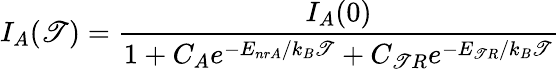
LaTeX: I_{A}(\mathscr{T})=\frac{{I_{A}(0)}}{{1+C_{A}e^{-E_{nrA}/k_{B}\mathscr{T}}+C_{\mathscr{T}R}e^{-E_{\mathscr{T}R}/k_{B}\mathscr{T}}}}